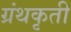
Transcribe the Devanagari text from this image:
ग्रंथकृती